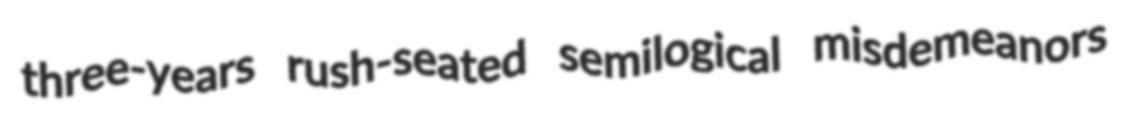
three-years rush-seated semilogical misdemeanors